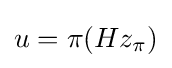
u=\pi (Hz_{\pi })